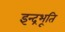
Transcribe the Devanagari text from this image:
इन्द्रभूति